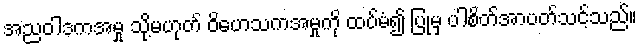
အညဝါဒကအမှု သို့မဟုတ် ဝိဟေသကအမှုကို ထပ်မံ၍ ပြုမှ ပါစိတ်အာပတ်သင့်သည်။